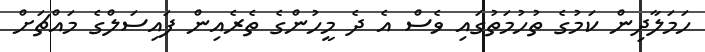
ހަމަލާދިން ކަމުގެ ތުހުމަތުގައި ވެސް އެ ދެ މީހުންގެ ތެރެއިން ފައިސަލްގެ މައްޗަށް